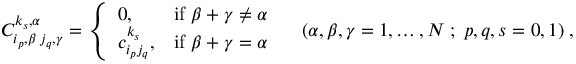
C _ { i _ { p } , \beta \; j _ { q } , \gamma } ^ { k _ { s } , \alpha } = \left\{ \begin{array} { l l l } { { 0 , } } & { { \mathrm { i f } \ \beta + \gamma \neq \alpha } } \\ { { c _ { i _ { p } j _ { q } } ^ { k _ { s } } , } } & { { \mathrm { i f } \ \beta + \gamma = \alpha } } \end{array} \right. \quad ( \alpha , \beta , \gamma = 1 , \ldots , N \; ; \; p , q , s = 0 , 1 ) \; ,